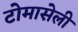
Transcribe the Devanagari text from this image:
टोमासेली